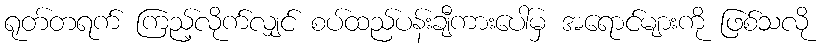
ရုတ်တရက် ကြည့်လိုက်လျှင် စပ်ထည်ပန်းချီကားပေါ်မှ အရောင်များကို ဖြစ်သလို